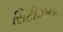
સિટીઝના